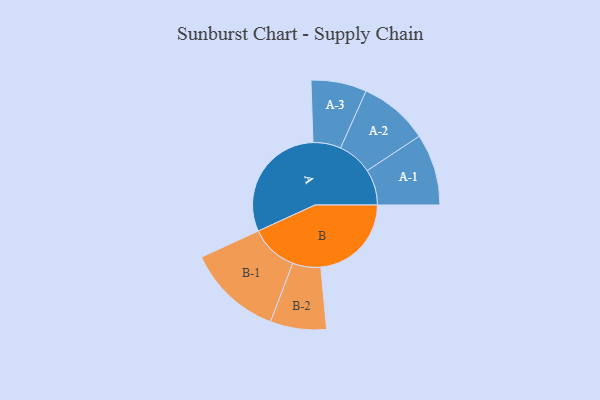
{"axis": {"x": "Segment", "y": "Value"}, "legend": ["", "A", "B"], "data": [{"x": "A", "y": 469, "type": ""}, {"x": "B", "y": 352, "type": ""}, {"x": "A-1", "y": 139, "type": "A"}, {"x": "A-2", "y": 135, "type": "A"}, {"x": "A-3", "y": 108, "type": "A"}, {"x": "B-1", "y": 185, "type": "B"}, {"x": "B-2", "y": 109, "type": "B"}]}